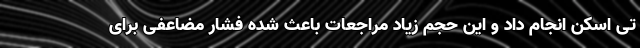
تی اسکن انجام داد و این حجم زیاد مراجعات باعث شده فشار مضاعفی برای